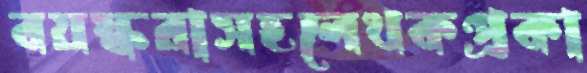
বয়স্করাসহলেখকপ্রকা